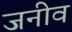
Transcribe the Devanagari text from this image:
जनीव